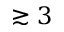
\gtrsim 3